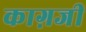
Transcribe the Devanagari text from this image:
काग़जी